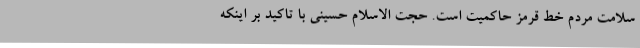
سلامت مردم خط قرمز حاکمیت است. حجت الاسلام حسینی با تاکید بر اینکه